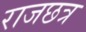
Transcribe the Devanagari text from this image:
राजछत्र